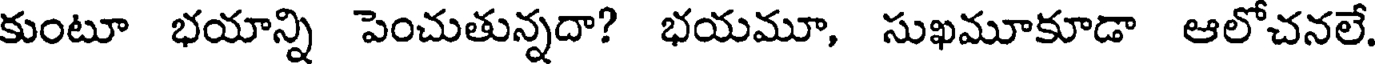
కుంటూ భయాన్ని పెంచుతున్నదా? భయమూ, సుఖమూకూడా ఆలోచనలే.